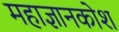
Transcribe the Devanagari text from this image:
महाज्ञानकोश